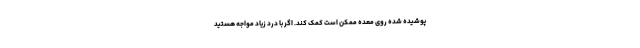
پوشیده شده روی معده ممکن است کمک کند. اگر با درد زیاد مواجه هستید